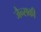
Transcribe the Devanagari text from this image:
जैन्सकी